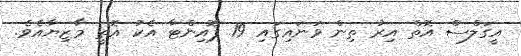
އީގަލްސް އޮތް އިރު ތިން ވަނައިގައި 19 ޕޮއިންޓާ އެކު އޮތީ މާޒިޔާއެވެ.